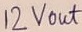
Text: 12Vout